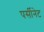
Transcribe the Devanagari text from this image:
पर्सीनेट